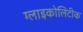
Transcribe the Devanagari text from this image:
ग्लाइकोलिटीक